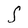
Character: S